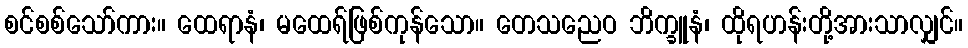
စင်စစ်သော်ကား။ ထေရာနံ၊ မထေရ်ဖြစ်ကုန်သော။ တေသညေဝ ဘိက္ခူနံ၊ ထိုရဟန်းတို့အားသာလျှင်။